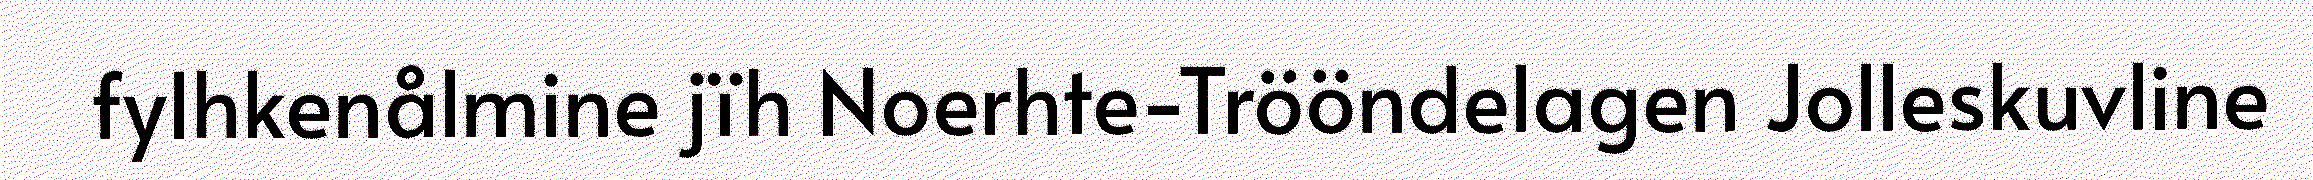
fylhkenålmine jïh Noerhte-Trööndelagen Jolleskuvline